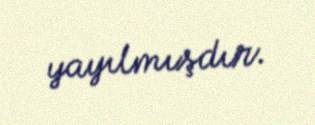
yayılmışdır.